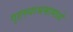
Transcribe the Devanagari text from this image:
गृहस्थाश्रमामध्ये